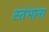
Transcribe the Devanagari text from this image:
स्तंभांना